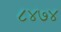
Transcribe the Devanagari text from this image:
८४७४